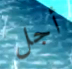
أجل